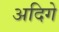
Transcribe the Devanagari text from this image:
अदिगे